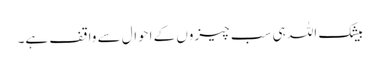
بیشک اللہ ہی سب چیزوں کے احوال سے واقف ہے۔